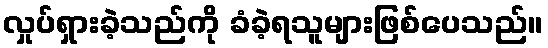
လှုပ်ရှားခဲ့သည်ကို ခံခဲ့ရသူများဖြစ်ပေသည်။